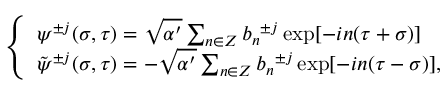
\left\{ \begin{array} { l } { { { \psi } ^ { \pm j } ( \sigma , \tau ) = \sqrt { \alpha ^ { \prime } } \sum _ { n \in Z } { b _ { n } } ^ { \pm j } \exp [ - i n ( \tau + \sigma ) ] } } \\ { { { \tilde { \psi } } ^ { \pm j } ( \sigma , \tau ) = - \sqrt { \alpha ^ { \prime } } \sum _ { n \in Z } { b _ { n } } ^ { \pm j } \exp [ - i n ( \tau - \sigma ) ] , } } \end{array} \right.